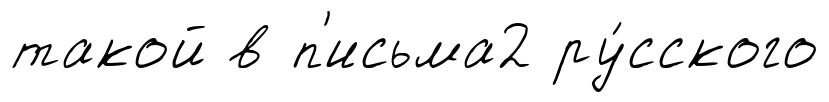
такой в п'исьма2 ру́сского